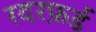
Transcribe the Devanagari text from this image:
रदरफ़र्ड